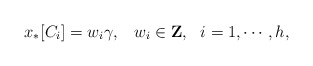
\begin{align*}x_*[C_i]=w_i \gamma, \,\,\,\,\, w_i \in {\bf Z},\,\,\,\,i=1, \cdots, h,\end{align*}